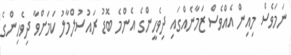
ނަމަވެސް މިއިން އެއްވެސް ޒަމާނެއްގައި ދިވެހީންގެ އެންމެ ބޮޑު ރައުސުލްމާލު ކަމަށްވާ ދިވެހިންގެ